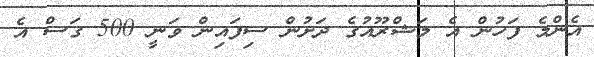
އެންމެ ފަހުން އެ މަޝްރޫއުގެ ދަށުން ސިފައިން ވަނީ 500 ގަސް އެ